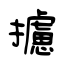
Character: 攄